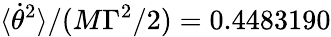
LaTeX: \langle\dot{\theta}^{2}\rangle/(M\Gamma^{2}/2)=0.4483190